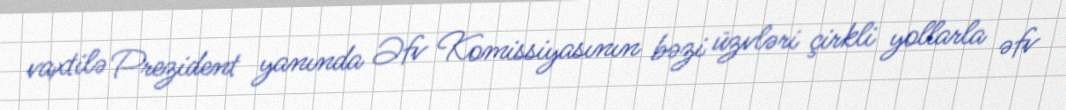
vaxtilə Prezident yanında Əfv Komissiyasının bəzi üzvləri çirkli yollarla əfv